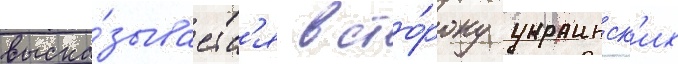
выска́зываетс'я в сто́рону украинск'их